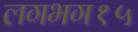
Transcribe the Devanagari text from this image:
लगभग१५